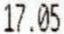
17.05